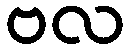
ဗလ